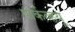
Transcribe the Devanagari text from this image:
पार्कव्हयू